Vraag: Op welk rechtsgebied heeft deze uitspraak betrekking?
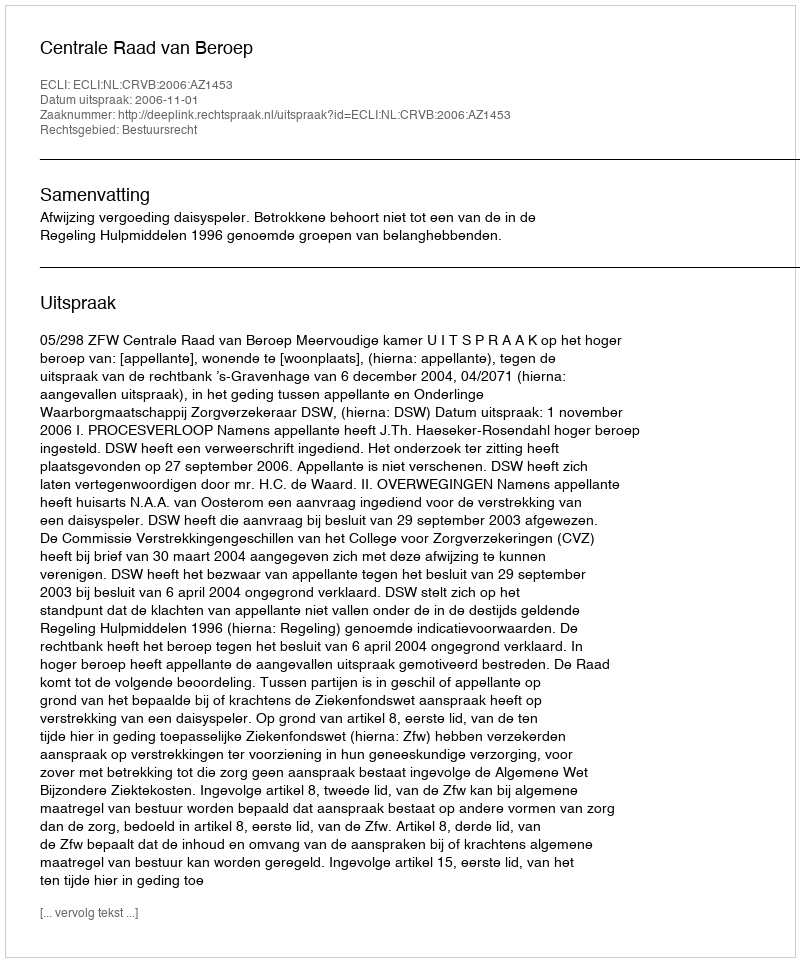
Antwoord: Bestuursrecht